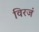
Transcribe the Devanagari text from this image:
विरजं